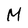
Character: M